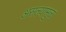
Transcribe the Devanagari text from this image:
असल्यामुळं